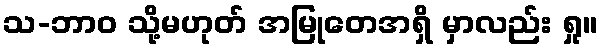
သ-ဘာဝ သို့မဟုတ် အမြုတေအရှိ မှာလည်း ရှု။